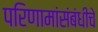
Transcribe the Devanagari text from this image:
परिणामांसंबंधीचे